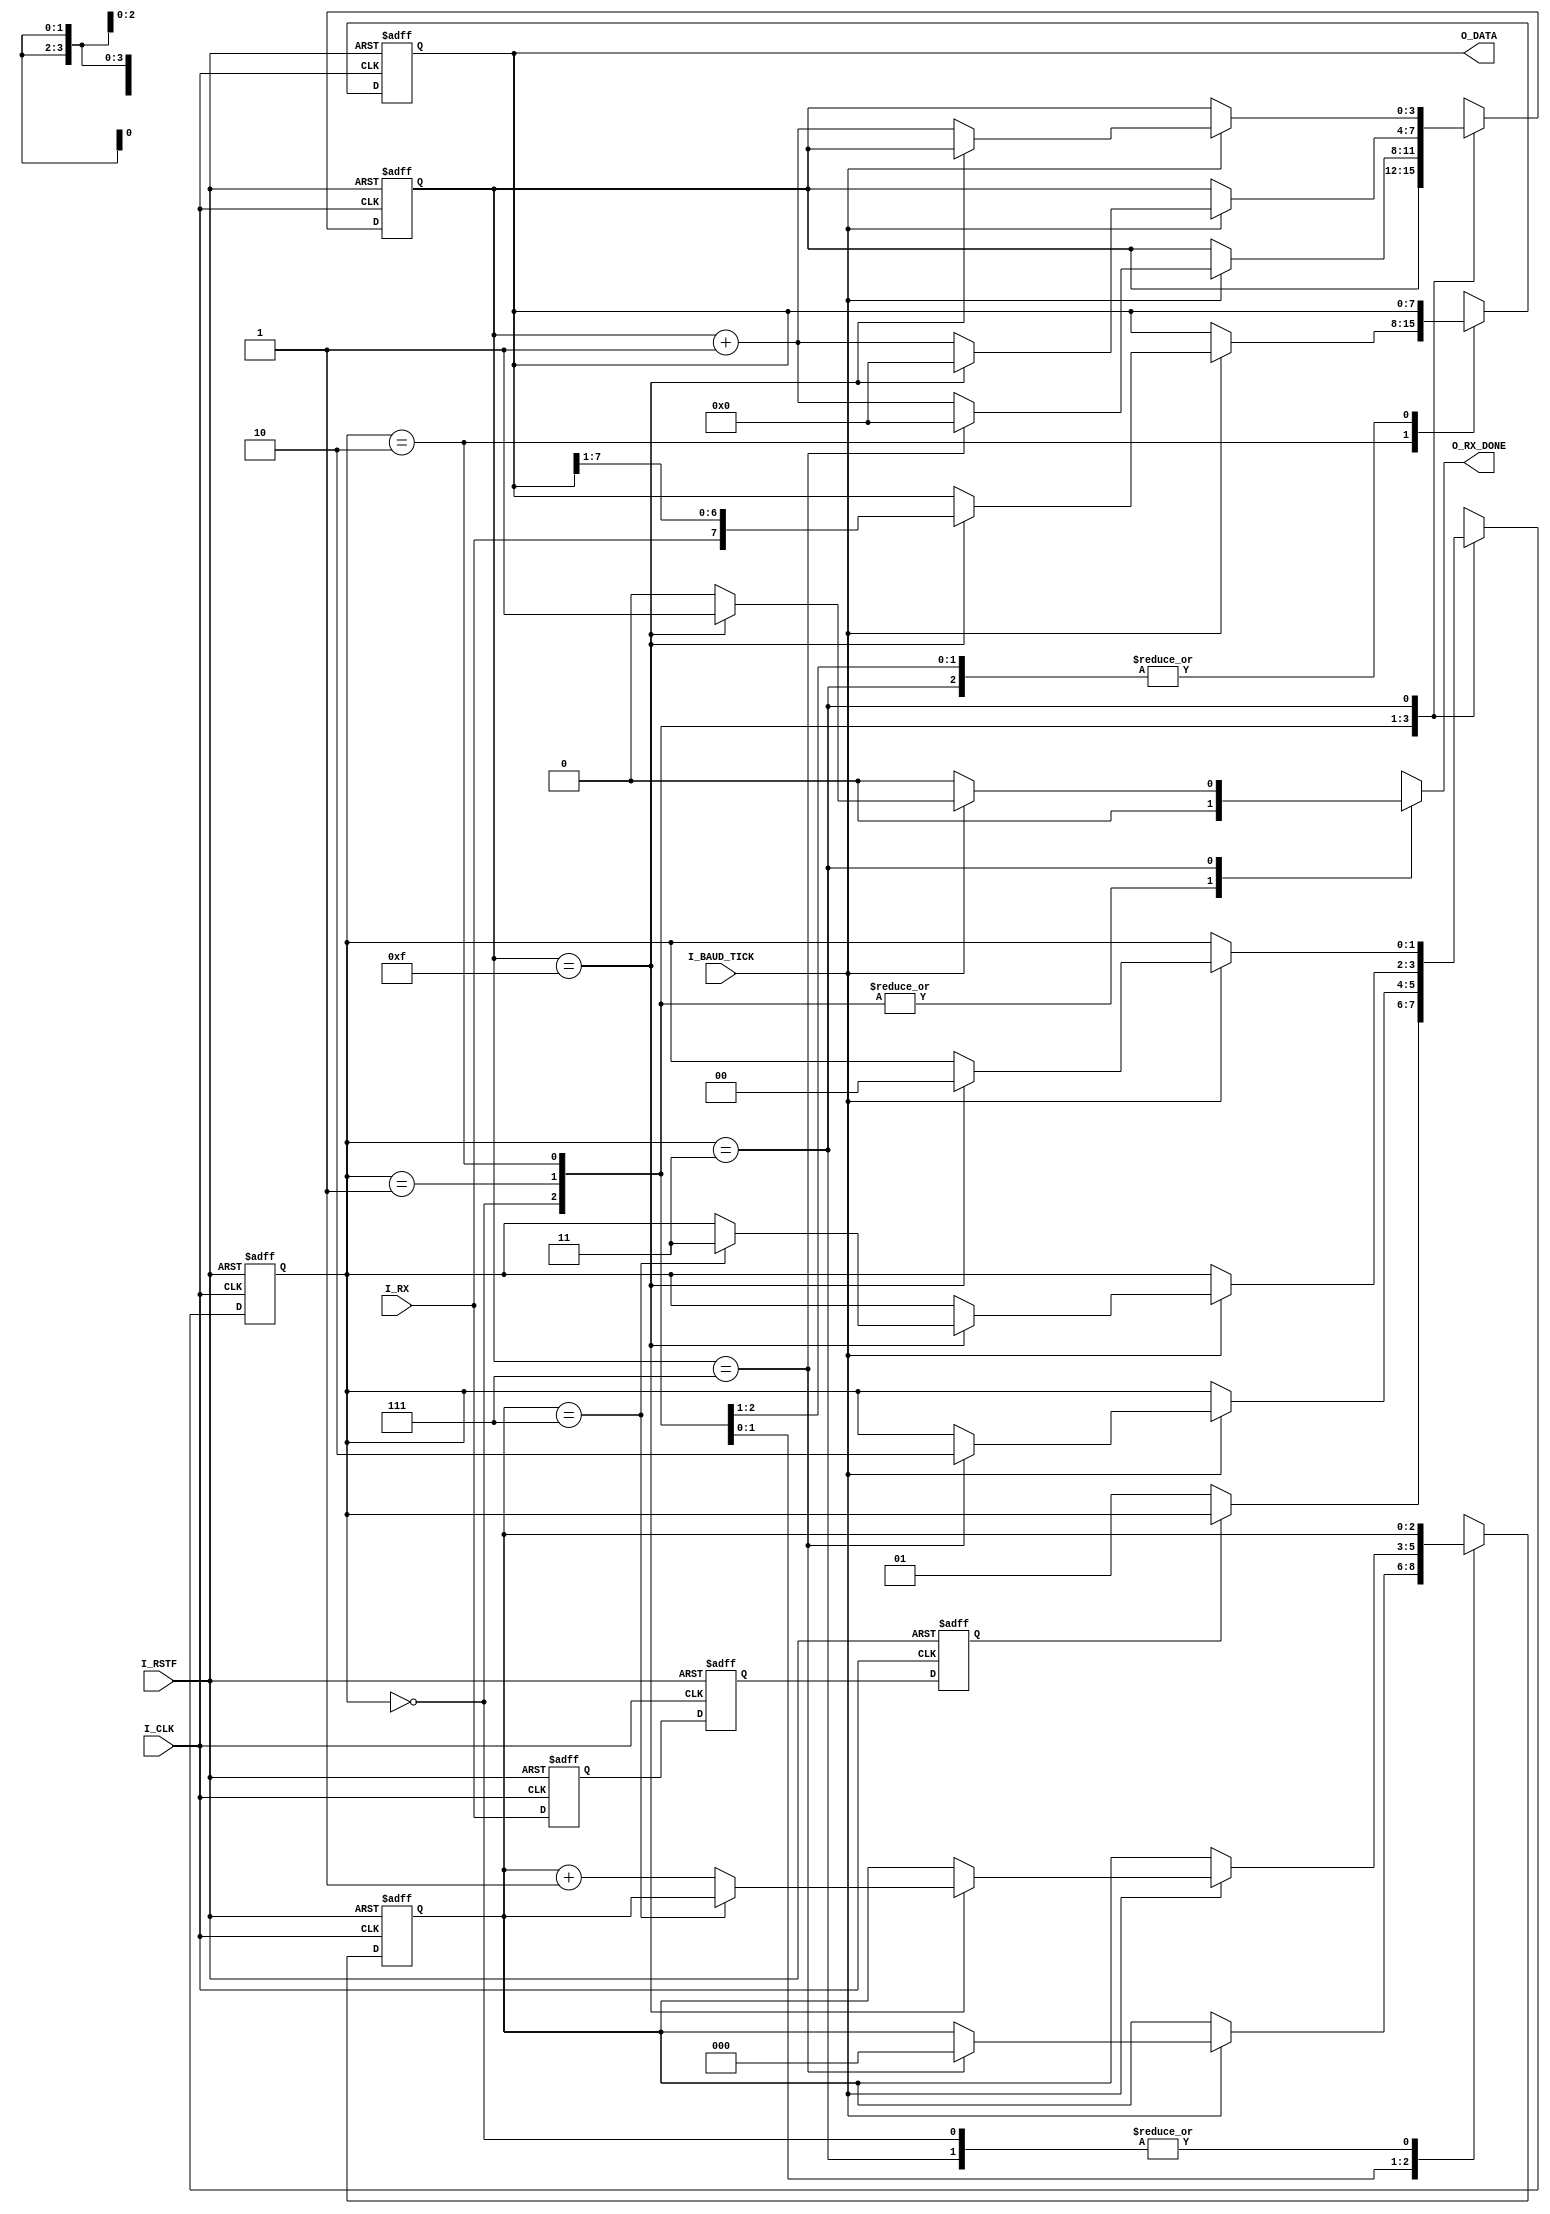
module uart_rx (
                input        I_CLK,
                input        I_RSTF,
                input        I_RX,
                input        I_BAUD_TICK,
                output [7:0] O_DATA,
                output reg   O_RX_DONE
                );

   // symbolic state declaration
   localparam [1:0] idle  = 2'b00,
                    start = 2'b01,
                    data  = 2'b10,
                    stop  = 2'b11;

   // signal declaration
   reg [1:0] st, n_st; // state
   reg [3:0] s,  n_s;  // sample count
   reg [2:0] b,  n_b;  // bit count
   reg [7:0] d,  n_d;  // data reg
   reg       mrx, rx0, rx; // receive sync
   

   // FSMD state & data registers
   always @ (posedge I_CLK, negedge I_RSTF ) begin
      if (!I_RSTF) begin
         st  <= idle;
         s   <= 0;
         b   <= 0;
         d   <= 0;
         mrx <= 0;
         rx0 <= 0;
         rx  <= 0;
      end
      else begin
         st  <= n_st;
         s   <= n_s;
         b   <= n_b;
         d   <= n_d;
         mrx <= I_RX;
         rx0 <= mrx;
         rx  <= rx0;
      end
   end


   // FSMD next-state logic
   always @* begin
      // defaults
      n_st      = st; // state
      n_s       = s;  // sample count
      n_b       = b;  // bit count
      n_d       = d;  // data reg
      O_RX_DONE = 0;  // rx done

      case (st)
        idle: 
          if (~rx) begin
             n_st = start;
          end

        start: 
          if (I_BAUD_TICK)
            if (s==7) begin
               n_st = data;
               n_s  = 0;
               n_b  = 0;
            end
            else
              n_s = s+1;
               
        data:
          if (I_BAUD_TICK)
            if (s==15) begin
               n_s  = 0;
               n_d  = {I_RX, d[7:1]};
               if (b == 7)
                 n_st = stop;
               else
                 n_b  = b+1;
            end
            else
              n_s = s+1;

        stop:
          if (I_BAUD_TICK)
            if (s==15) begin
               n_st = idle;
               O_RX_DONE  = 1;
            end
            else
              n_s = s+1;
      endcase
   end

   // output
   assign O_DATA = d;
   
endmodule // uart_rx